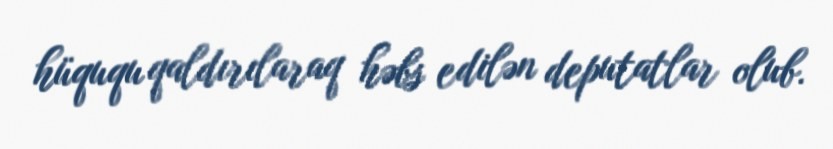
hüququ qaldırılaraq həbs edilən deputatlar olub.